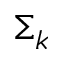
\Sigma _ { k }